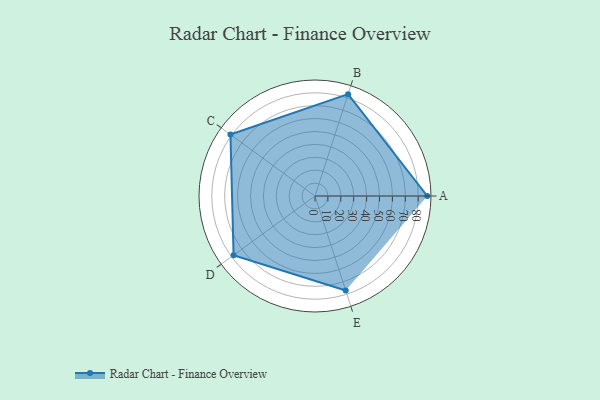
{"axis": {"x": "Skill", "y": "Score"}, "legend": ["Profile"], "data": [{"x": "A", "y": 87.0, "type": "Profile"}, {"x": "B", "y": 83.0, "type": "Profile"}, {"x": "C", "y": 81.0, "type": "Profile"}, {"x": "D", "y": 78.0, "type": "Profile"}, {"x": "E", "y": 77.0, "type": "Profile"}]}